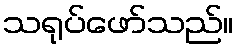
သရုပ်ဖော်သည်။